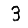
Digit: 3